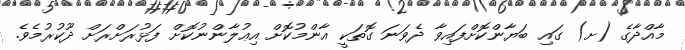
މާއްދާގެ (ށ) ގައި ބަޔާންކޮށްފައިވާ ދެވަނަ ގޮތަކީ އާންމުކޮށް އިޢުލާންނުކޮށް ފަޅުރަށްރަށް ދޫކުރުމެވެ.